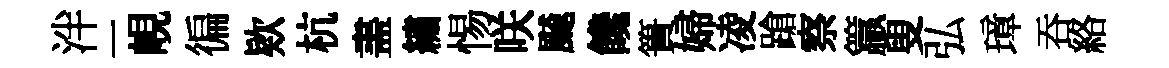
泮一峴徧欵杭𥁞繡惕咲飇饞簣婦凌蹌察籯叟弘璋吞絡